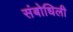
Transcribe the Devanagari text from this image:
संबोधिली